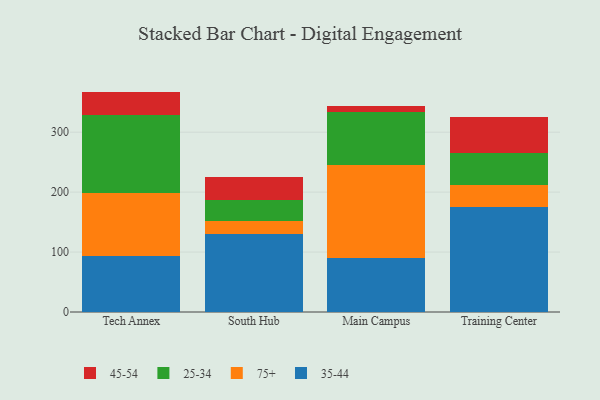
{"axis": {"x": "Campus", "y": "Revenue (USD Million)"}, "legend": ["25-34", "35-44", "45-54", "75+"], "data": [{"x": "Tech Annex", "y": 92.8, "type": "35-44"}, {"x": "Tech Annex", "y": 106.1, "type": "75+"}, {"x": "Tech Annex", "y": 129.8, "type": "25-34"}, {"x": "Tech Annex", "y": 39.0, "type": "45-54"}, {"x": "South Hub", "y": 129.8, "type": "35-44"}, {"x": "South Hub", "y": 22.0, "type": "75+"}, {"x": "South Hub", "y": 35.0, "type": "25-34"}, {"x": "South Hub", "y": 38.9, "type": "45-54"}, {"x": "Main Campus", "y": 90.7, "type": "35-44"}, {"x": "Main Campus", "y": 154.7, "type": "75+"}, {"x": "Main Campus", "y": 88.8, "type": "25-34"}, {"x": "Main Campus", "y": 9.2, "type": "45-54"}, {"x": "Training Center", "y": 175.5, "type": "35-44"}, {"x": "Training Center", "y": 35.8, "type": "75+"}, {"x": "Training Center", "y": 53.9, "type": "25-34"}, {"x": "Training Center", "y": 60.1, "type": "45-54"}]}